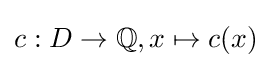
c:D\to \mathbb {Q} ,x\mapsto c(x)